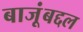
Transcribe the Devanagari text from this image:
बाजूंबद्दल